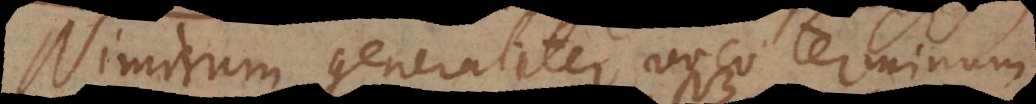
Nimirum generaliter voco terminum